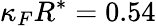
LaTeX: \kappa_{F}R^{*}=0.54